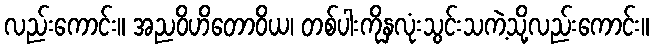
လည်းကောင်း။ အညဝိဟိတောဝိယ၊ တစ်ပါးကိုနှလုံးသွင်းသကဲ့သို့လည်းကောင်း။